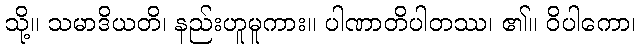
သို့။ သမာဒိယတိ၊ နည်းဟူမူကား။ ပါဏာတိပါတဿ၊ ၏။ ဝိပါကော၊